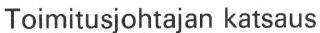
Toimitusjohtajan katsaus